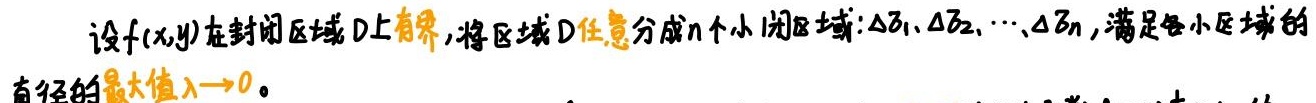
设$f(x,y)$在封闭区域$D$上有界，将区域$D$任意分成$n$个小闭区域：$\Delta \sigma_1,\Delta \sigma_2,\cdots,\Delta \sigma_n$，满足各小区域的直径的最大值$\lambda \to 0$。